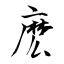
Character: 麽